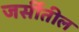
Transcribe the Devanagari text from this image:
जर्सीतील